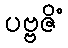
ပဗ္ဗဇိံ